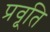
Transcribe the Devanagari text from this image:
प्रवृ्ति